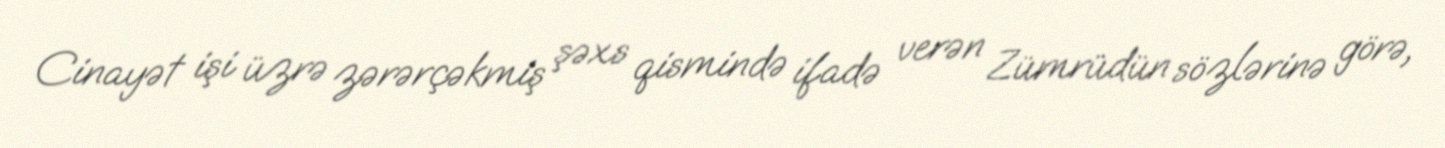
Cinayət işi üzrə zərərçəkmiş şəxs qismində ifadə verən Zümrüdün sözlərinə görə,